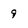
Character: g